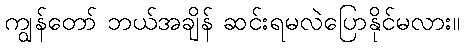
ကျွန်တော် ဘယ်အချိန် ဆင်းရမလဲပြောနိုင်မလား။